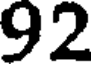
92